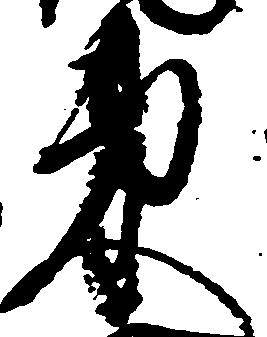
束